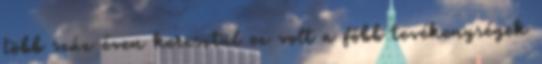
több száz éven keresztül ez volt a főbb tevékenységek